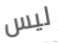
ليس